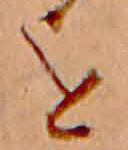
を